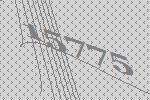
15775